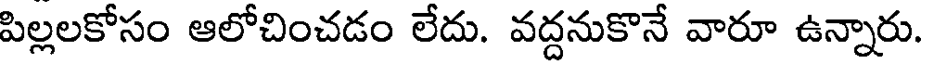
పిల్లలకోసం ఆలోచించడం లేదు. వద్దనుకొనే వారూ ఉన్నారు.